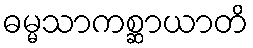
ဓမ္မသာကစ္ဆာယာတိ